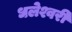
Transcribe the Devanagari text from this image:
धलेश्वरी